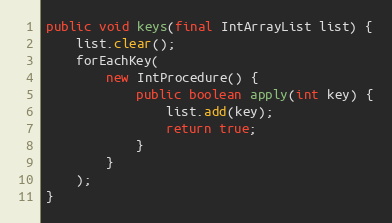
Language: Java
public void keys(final IntArrayList list) {
	list.clear();
	forEachKey(
		new IntProcedure() {
			public boolean apply(int key) {
				list.add(key);
				return true;
			}
		}
	);
}